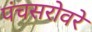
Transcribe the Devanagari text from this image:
पंचसरोवरे